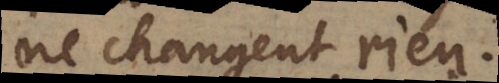
ne changent rien.